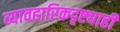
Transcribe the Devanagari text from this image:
व्यावहारिकदृष्ट्याही